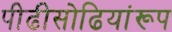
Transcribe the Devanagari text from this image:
पीढीसोढियांरूप